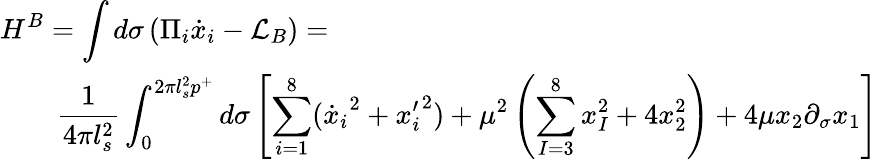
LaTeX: \begin{array}{l}{{\displaystyle{H^{B}=\int d\sigma\left(\Pi_{i}\dot{x}_{i}-\mathcal{L}_{B}\right)=}}}\\ {{\displaystyle{\qquad\frac{1}{4\pi l_{s}^{2}}\int_{0}^{2\pi l_{s}^{2}p^{+}}d\sigma\left[\sum_{i=1}^{8}({\dot{x}_{i}}^{2}+{{x}_{i}^{\prime}}^{2})+\mu^{2}\left(\sum_{I=3}^{8}x_{I}^{2}+4x_{2}^{2}\right)+4\mu x_{2}\partial_{\sigma}x_{1}\right]}}}\end{array}